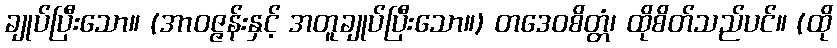
ချုပ်ပြီးသော။ (အာဝဇ္ဇန်းနှင့် အတူချုပ်ပြီးသော။) တဒေဝစိတ္တံ၊ ထိုစိတ်သည်ပင်။ (ထို